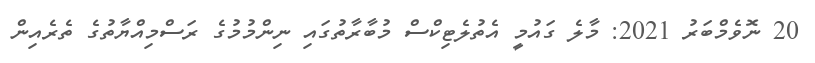
20 ނޮވެމްބަރު 2021: މާލެ ގައުމީ އެތުލެޓިކްސް މުބާރާތުގައި ނިންމުމުގެ ރަސްމިއްޔާތުގެ ތެރެއިން